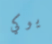
يوكي